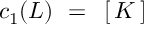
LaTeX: c _ { 1 } ( { \cal L } ) ~ = ~ \left[ \, K \, \right]